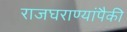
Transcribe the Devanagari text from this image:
राजघराण्यांपैकी